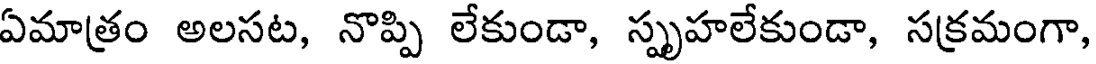
ఏమాత్రం అలసట, నొప్పి లేకుండా, స్పృహలేకుండా, సక్రమంగా,